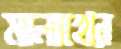
মালাখের